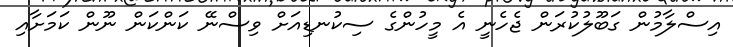
އިސްލާމުން ގަބޫލުކުރަން ޖެހެނީ އެ މީހުންގެ ސިކުނޑިއަށް ވިސްނޭ ކަންކަން ނޫން ކަމަށާއި